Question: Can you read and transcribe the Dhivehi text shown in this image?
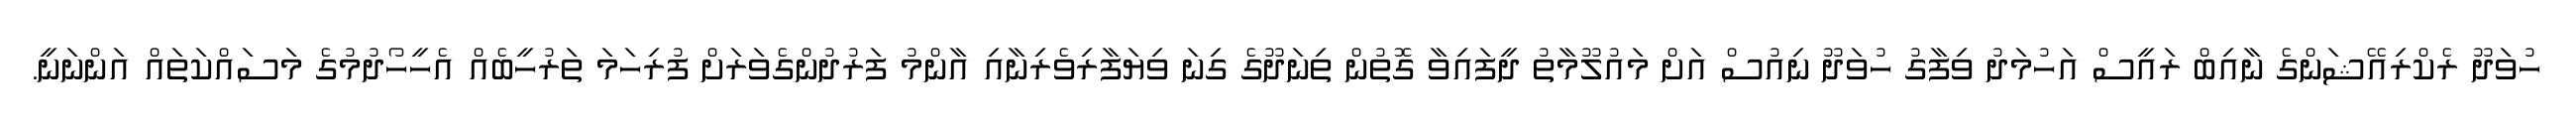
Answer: ހުވަދޫ ރެކްރިއޭޝަންގެ ނާއިބް ރައީސް އަހުމަދު ވިފާގު ހުވަދޫ ނިއުސް އަށް މައުލޫމާތު ދީފައިވާ ގޮތުން ތިނަދޫގެ ގިނަ ވިޔަފާރިވެރިނާއި އާންމު ފަރުދުންގެވަރަށް ފުރިހަމަ ތަރުހީބެއް އެހީހޯދުމުގެ މަސައްކަތައް އަންނަނީ.